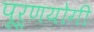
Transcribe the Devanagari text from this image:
पूर्णयोगी